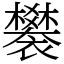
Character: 䙪